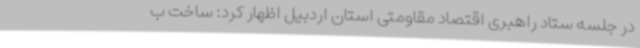
در جلسه ستاد راهبری اقتصاد مقاومتی استان اردبیل اظهار کرد: ساخت ب